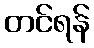
တင်ရန်